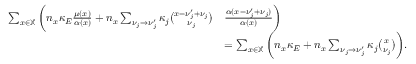
\begin{array} { r l } { \sum _ { x \in \mathbb X } \bigg ( n _ { x } \kappa _ { E } \frac { \mu ( x ) } { \alpha ( x ) } + n _ { x } \sum _ { \nu _ { j } \to \nu _ { j } ^ { \prime } } \kappa _ { j } \binom { x - \nu _ { j } ^ { \prime } + \nu _ { j } } { \nu _ { j } } } & { \frac { \alpha ( x - \nu _ { j } ^ { \prime } + \nu _ { j } ) } { \alpha ( x ) } \bigg ) } \\ & { = \sum _ { x \in \mathbb X } \bigg ( n _ { x } \kappa _ { E } + n _ { x } \sum _ { \nu _ { j } \to \nu _ { j } ^ { \prime } } \kappa _ { j } \binom { x } { \nu _ { j } } \bigg ) . } \end{array}